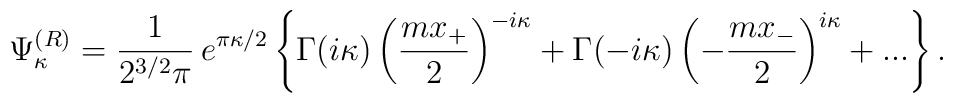
\Psi_{\kappa}^{(R)}=\frac1{2^{3/2}\pi}\,e^{\pi\kappa/2}\left\{\Gamma(i\kappa)\left(\frac{mx_+}2\right)^{-i\kappa}+\Gamma(-i\kappa)\left(-\frac{mx_-}2\right)^{i\kappa}+...\right\}.